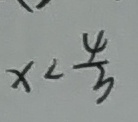
x < \frac { 4 } { 3 }